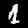
Label: 1